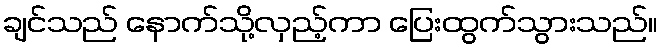
ချင်သည် နောက်သို့လှည့်ကာ ပြေးထွက်သွားသည်။